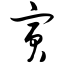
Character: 寅